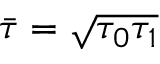
\bar { \tau } = \sqrt { \tau _ { 0 } \tau _ { 1 } }